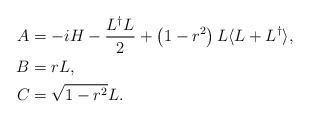
\begin{align*}A &= -i H - \dfrac{L^{\dagger}L}{2} + \left(1 - r^2\right)L \langle L + L^{\dagger}\rangle,\\B &= r L,\\C &= \sqrt{1 - r^2}L.\end{align*}